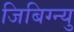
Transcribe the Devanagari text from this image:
जिबिग्न्यु